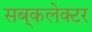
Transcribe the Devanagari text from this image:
सब्‌कलेक्टर